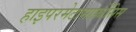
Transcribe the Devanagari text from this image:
हाइपरमेटामार्फ़ोसिस